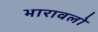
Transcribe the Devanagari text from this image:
भारावलो